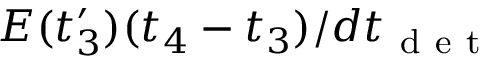
E ( t _ { 3 } ^ { \prime } ) ( t _ { 4 } - t _ { 3 } ) / d t _ { \mathrm { ~ d ~ e ~ t ~ } }